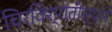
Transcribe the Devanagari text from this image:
चिरविश्रांतीस्थाने